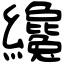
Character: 纔